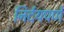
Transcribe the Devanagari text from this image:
निर्दयपणे